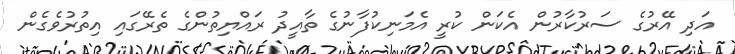
އަދި އޭރުގެ ސަރުކާރުން އެކަން ކުރީ އެމަނިކުފާނުގެ ތާއީދު ރައްޔިތުންގެ ތެރޭގައި އިތުރުވެގެން